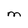
Character: M